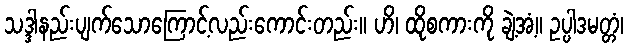
သဒ္ဒါနည်းပျက်သောကြောင့်လည်းကောင်းတည်း။ ဟိ၊ ထိုစကားကို ချဲ့အံ့။ ဥပ္ပါဒမတ္တံ၊